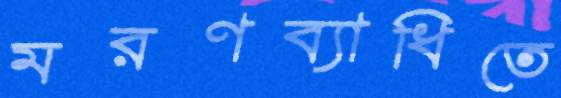
মরণব্যাধিতে